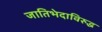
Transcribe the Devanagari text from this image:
जातिभेदाविरुद्ध